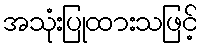
အသုံးပြုထားသဖြင့်